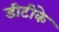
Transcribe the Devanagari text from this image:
डीटीके